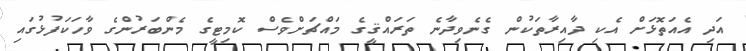
އަދި އެއަތޮޅަށް އެކި ދާއިރާތަކުން ގެނެވިދާނެ ތަރައްޤީގެ މައްޗަށްވެސް ކޮމިޓީގެ މެންބަރުންގެ ވާހަކަފުޅުގައި